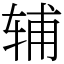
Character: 辅